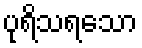
ပုရိသရသော